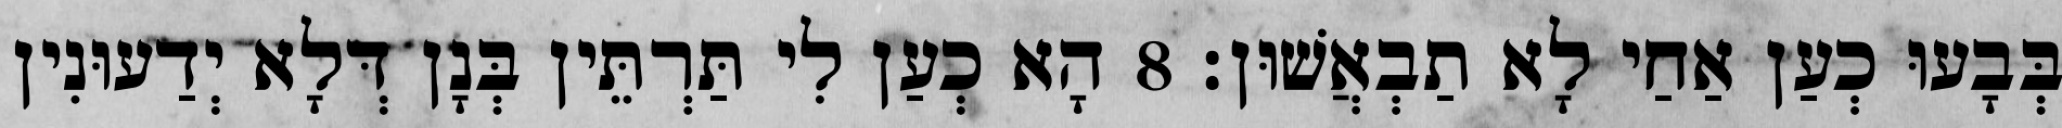
בְּבָעוּ כְעַן אַחַי לָא תַבְאֲשׁוּן׃ 8 הָא כְעַן לִי תַּרְתֵּין בְּנָן דְּלָא יְדַעוּנִין